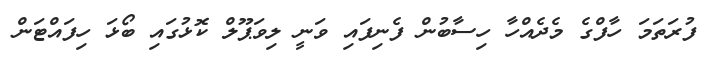
ފުރަތަމަ ހާފްގެ މެދެއްހާ ހިސާބުން ފެނިފައި ވަނީ ލިވަޕޫލް ކޮޅުގައި ބޯޅަ ހިފައްޓަން